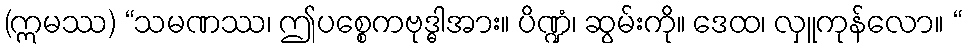
(ဣမဿ) “သမဏဿ၊ ဤပစ္စေကဗုဒ္ဓါအား။ ပိဏ္ဍံ၊ ဆွမ်းကို။ ဒေထ၊ လှူကုန်လော။ “